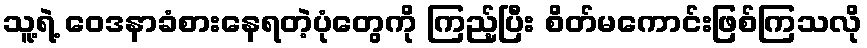
သူ့ရဲ့ ဝေဒနာခံစားနေရတဲ့ပုံတွေကို ကြည့်ပြီး စိတ်မကောင်းဖြစ်ကြသလို